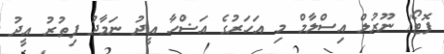
ފޮޓޯ/ ނޫރުލް އިސްލާމް މި އަހަރުގެ އަޟްހާ އީދު ނަމާދު ފިތުރު އީދު